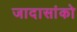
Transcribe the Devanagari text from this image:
जादासांको